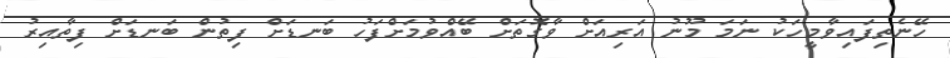
ހޭނެތިފައިވާމީހަކު ނަމަ މޫނު އަރިއަށް ވާގޮތަށް ބޭއްވުމަށްފަހު ބަނޑަށް ފިތުން ބަނޑަށް ފިތާއިރު